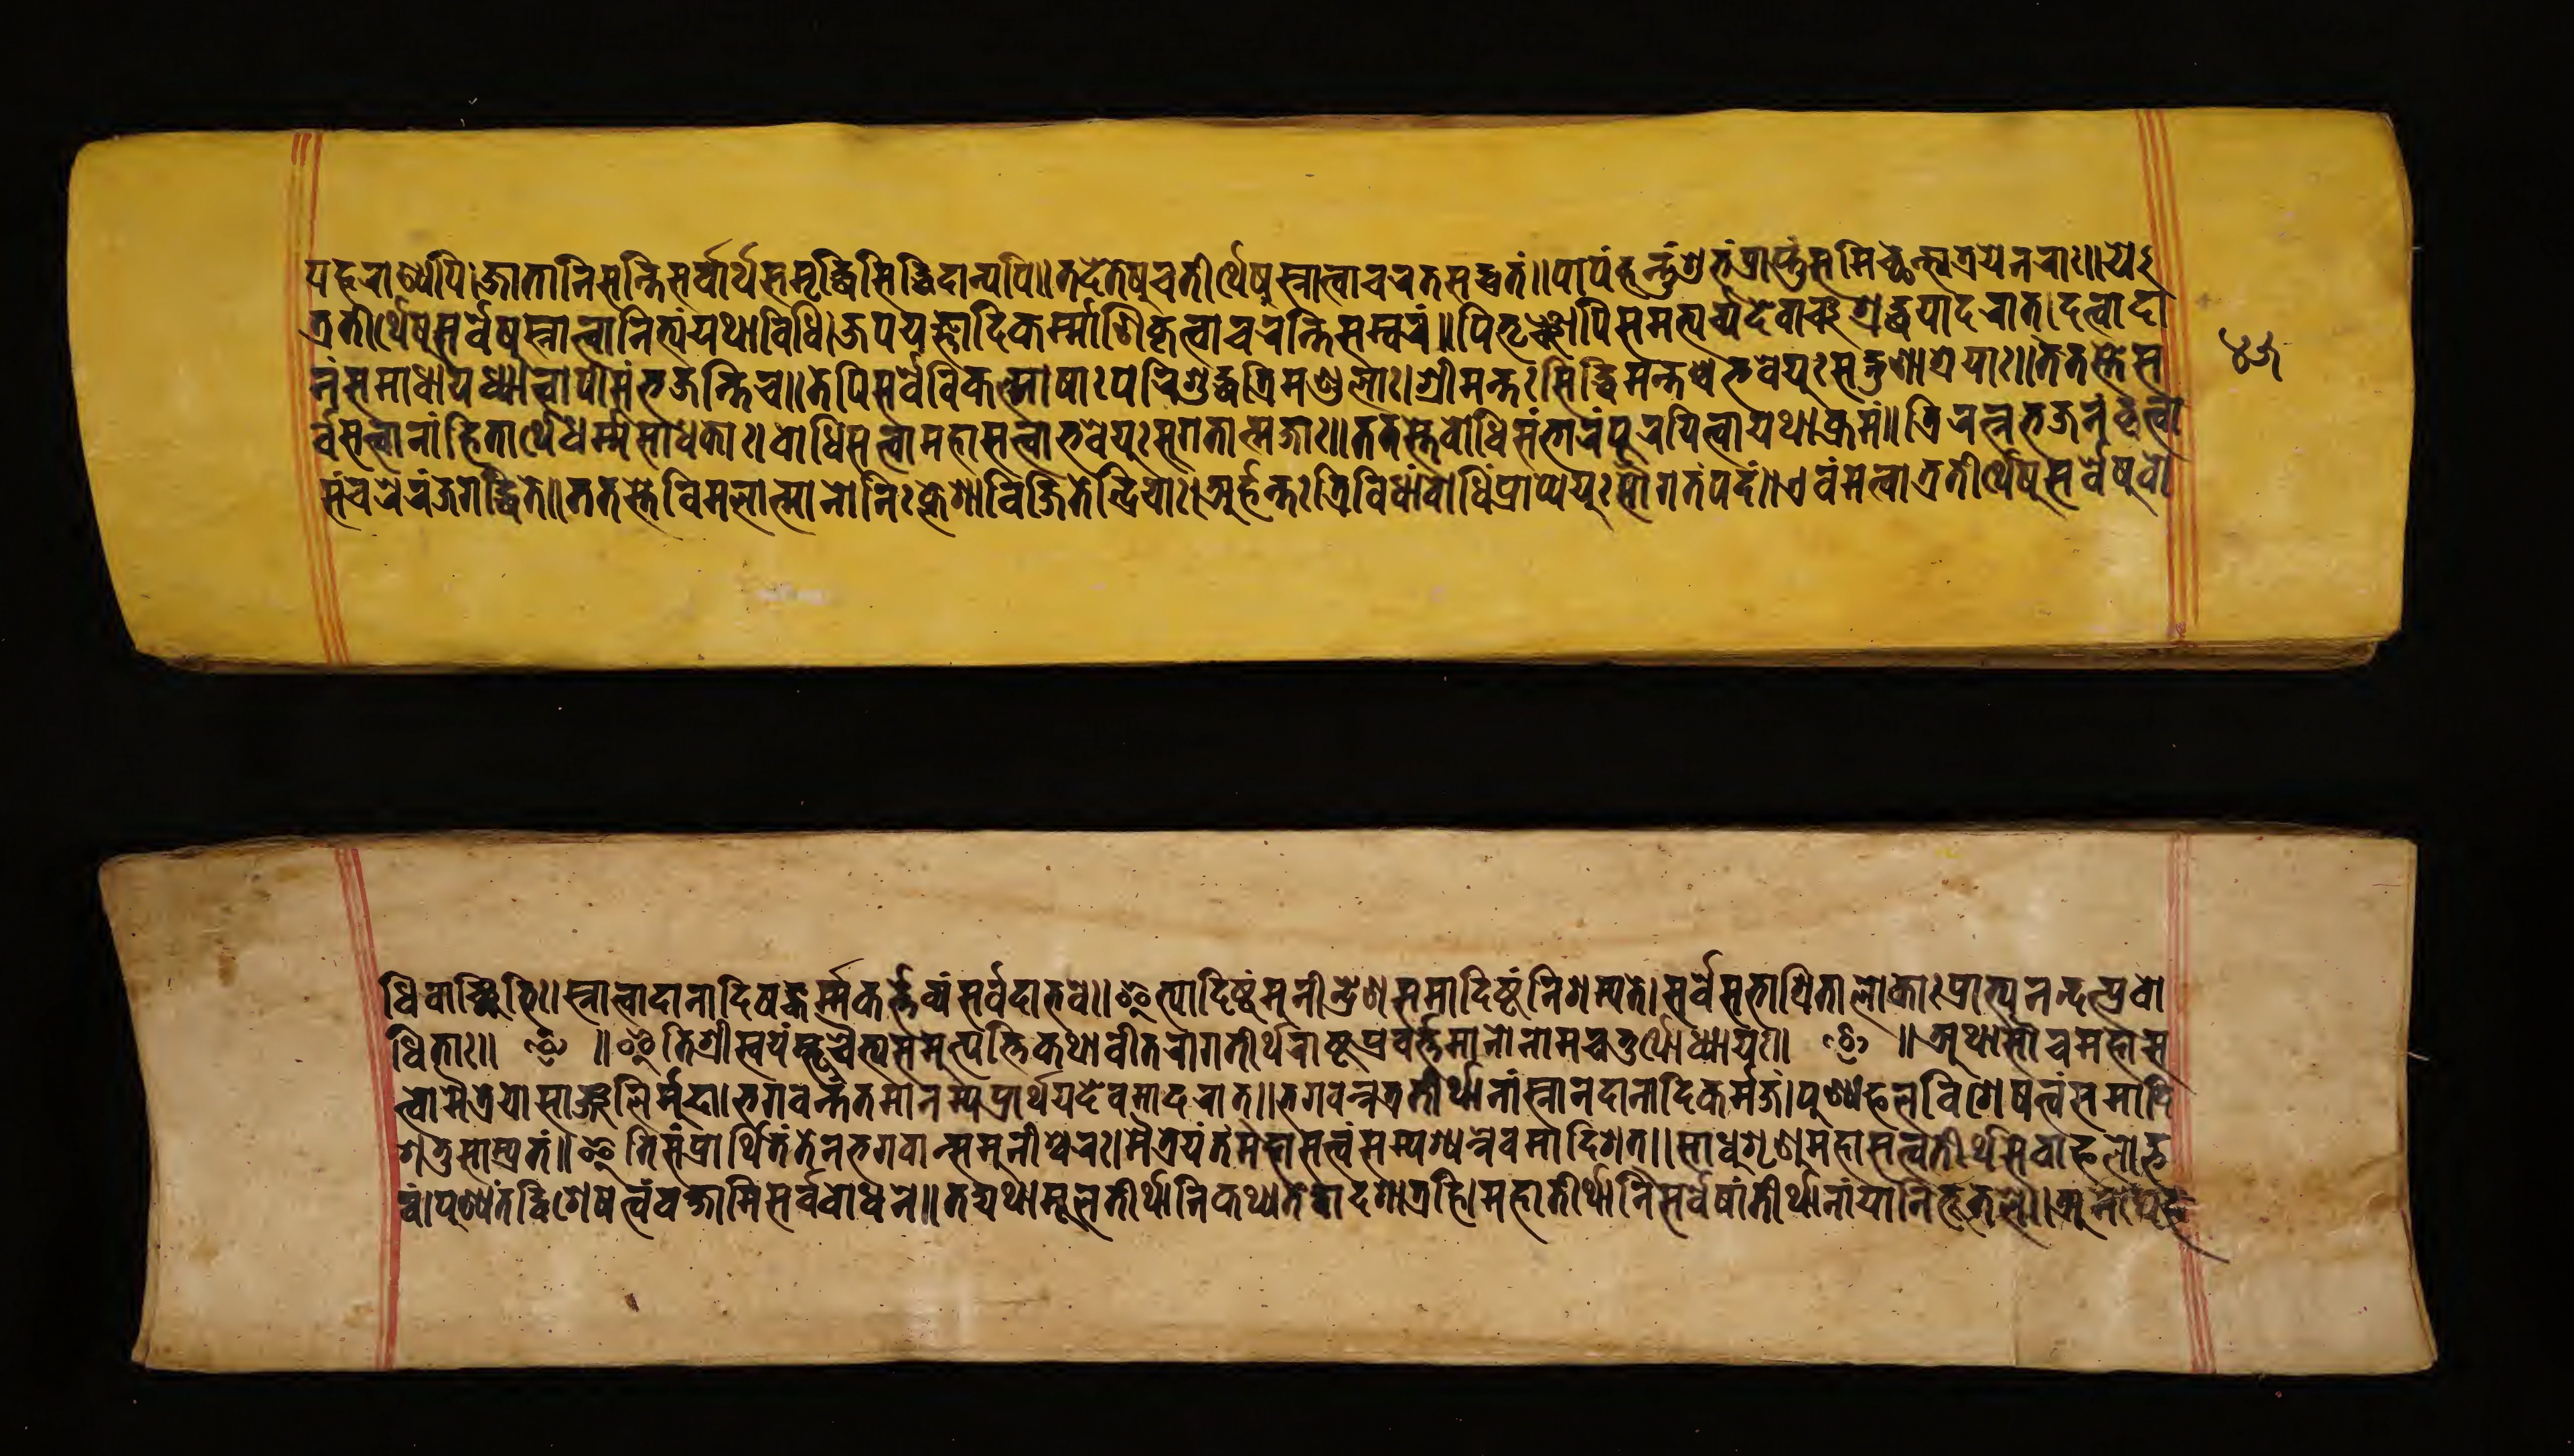
𑐥𑐴𑐬𑐵𑐞𑑂𑐫𑐥𑐶।𑐖𑐵𑐟𑐵𑐣𑐶𑐳𑐣𑑂𑐟𑐶𑐳𑐬𑑂𑐰𑐵𑐬𑑂𑐠𑐳𑐩𑐺𑐡𑑂𑐢𑐶𑐳𑐶𑐡𑑂𑐢𑐶𑐡𑐵𑐞𑑂𑐫𑐥𑐶॥𑐟𑐡𑐾𑐟𑐾𑐲𑐸𑐔𑐟𑐷𑐬𑑂𑐠𑐾𑐲𑐸𑐳𑑂𑐣𑐵𑐟𑑂𑐰𑐵𑐔𑐬𑐟𑐳𑐡𑑂𑐰𑑂𑐬𑐟𑑄॥𑐥𑐵𑐥𑑄𑐴𑐣𑑂𑐟𑐸𑑄𑐱𑐸𑐨𑑄𑐥𑑂𑐬𑐵𑐥𑑂𑐟𑐸𑑄𑐳𑐩𑐷𑐕𑐣𑑂𑐟𑑂𑐫𑐟𑑂𑐬𑐫𑐾𑐣𑐬𑐵𑑅॥𑐫𑐾 𑐟𑑂𑐬𑐟𑐷𑐬𑑂𑐠𑐾𑐲𑐸𑐳𑑂𑐣𑐵𑐟𑑂𑐰𑐵𑐣𑐶𑐟𑑂𑐫𑑄𑐫𑐠𑐵𑐰𑐶𑐢𑐶।𑐖𑐥𑐫𑐖𑑂𑐘𑐵𑐡𑐶𑐎𑐬𑑂𑐩𑑂𑐩𑐵𑐞𑐶𑐎𑐺𑐟𑑂𑐰𑐵𑐔𑐬𑐣𑑂𑐟𑐶𑐳𑐩𑑂𑐰𑐬𑑄॥𑐥𑐶𑐟𑐺𑐘𑑂𑐔𑐵𑐥𑐶𑐳𑐩𑐨𑑂𑐫𑐬𑑂𑐔𑑂𑐫𑐡𑐾𑐰𑐵𑐘𑑂𑐔𑐱𑑂𑐬𑐡𑑂𑐢𑐫𑐵𑐡𑐬𑐵𑐟𑑂।𑐡𑐟𑑂𑐰𑐵𑐡𑐵 𑐣𑑄𑐳𑐩𑐵𑐢𑐵𑐫𑐢𑑂𑐫𑐵𑐟𑑂𑐰𑐵𑐥𑐷𑐱𑑄𑐨𑐖𑐣𑑂𑐟𑐶𑐔॥𑐟𑐾𑐥𑐶𑐳𑐬𑑂𑐰𑐾𑐰𑐶𑐎𑐮𑑂𑐩𑐵𑐲𑐵𑑅𑐥𑐬𑐶𑐱𑐸𑐡𑑂𑐢𑐟𑑂𑐬𑐶𑐩𑐞𑑂𑐜𑐮𑐵𑑅।𑐱𑑂𑐬𑐷𑐩𑐣𑑂𑐟𑑅𑐳𑐶𑐡𑑂𑐢𑐶𑐩𑐣𑑂𑐟𑐱𑑂𑐔𑐨𑐰𑐾𑐫𑐸𑑅𑐳𑐡𑑂𑐐𑐸𑐞𑐵𑐱𑑂𑐬𑐫𑐵𑑅॥𑐟𑐟𑐳𑑂𑐟𑐾𑐳 𑐬𑑂𑐰𑐳𑐟𑑂𑐟𑑂𑐰𑐵𑐣𑐵𑑄𑐴𑐶𑐟𑐵𑐬𑑂𑐠𑐾𑐢𑐬𑑂𑐩𑐳𑐵𑐢𑐎𑐵𑑅।𑐧𑑀𑐢𑐶𑐳𑐟𑑂𑐟𑑂𑐰𑐵𑐩𑐴𑐵𑐳𑐟𑑂𑐟𑑂𑐰𑐵𑑅𑐨𑐰𑐾𑐫𑐸𑑅𑐳𑐸𑐐𑐟𑐵𑐟𑑂𑐩𑐖𑐵𑑅॥𑐟𑐟𑐳𑑂𑐟𑐾𑐧𑑀𑐢𑐶𑐳𑐩𑑂𑐨𑐵𑐬𑑄𑐥𑐹𑐬𑐫𑐶𑐟𑑂𑐰𑐵𑐫𑐠𑐵𑐎𑑂𑐬𑐩𑑄॥𑐟𑑂𑐬𑐶𑐬𑐟𑑂𑐣𑐨𑐖𑐣𑑄𑐎𑐺𑐟𑑂𑐰𑐵 𑐳𑑄𑐔𑐬𑐾𑐬𑐘𑑂𑐖𑐐𑐡𑑂𑐢𑐶𑐟𑐾॥𑐟𑐟𑐳𑑂𑐟𑐾𑐰𑐶𑐩𑐮𑐵𑐟𑑂𑐩𑐵𑐣𑑀𑐣𑐶𑑅𑐎𑑂𑐮𑐾𑐱𑐵𑐰𑐶𑐖𑐶𑐟𑐾𑐣𑑂𑐡𑑂𑐬𑐶𑐫𑐵𑑅।𑐀𑐬𑑂𑐴𑐣𑑂𑐟𑐳𑑂𑐟𑑂𑐬𑐶𑐰𑐶𑐢𑐵𑑄𑐧𑑀𑐢𑐶𑑄𑐥𑑂𑐬𑐵𑐥𑑂𑐫𑐾𑐫𑐸𑑅𑐳𑑁𑐐𑐟𑑄𑐥𑐡𑑄॥𑐊𑐰𑑄𑐩𑐟𑑂𑐰𑐵𑐟𑑂𑐬𑐟𑐷𑐬𑑂𑐠𑐾𑐲𑐸𑐳𑐬𑑂𑐰𑐾𑐲𑐸𑐧𑑀 𑐢𑐶𑐰𑐵𑑄𑐕𑐶𑐨𑐶𑑅।𑐣𑐵𑐟𑑂𑐰𑐵𑐡𑐵𑐣𑐵𑐡𑐶𑐎𑐬𑑂𑐩𑐎𑐬𑑂𑐟𑑂𑐟𑐰𑑂𑐫𑐳𑐬𑑂𑐰𑐡𑐵𑐨𑐰𑐾॥𑐂𑐟𑑂𑐫𑐵𑐡𑐶𑐲𑑂𑐚𑑄𑐩𑐸𑐣𑐷𑐣𑑂𑐡𑑂𑐬𑐾𑐞𑐳𑐩𑐵𑐡𑐶𑐲𑑂𑐚𑑄𑐣𑐶𑐳𑐩𑑂𑐫𑐟𑐾।𑐳𑐬𑑂𑐰𑐳𑐨𑐵𑐱𑑂𑐬𑐶𑐟𑐵𑐮𑑀𑐎𑐵𑑅𑐥𑑂𑐬𑐵𑐨𑑂𑐫𑐣𑐣𑑂𑐡𑐣𑑂𑐥𑑂𑐬𑐰𑑀 𑐢𑐶𑐟𑐵𑑅॥ ॰ ॥𑐂𑐟𑐶𑐱𑑂𑐬𑐷𑐳𑑂𑐰𑐫𑑄𑐨𑐹𑐔𑐿𑐟𑑂𑐫𑐳𑐩𑐸𑐟𑑂𑐥𑐟𑑂𑐟𑐶𑐎𑐠𑐵𑐰𑐷𑐟𑐬𑐵𑐐𑐟𑐷𑐬𑑂𑐠𑐬𑐵𑐲𑑂𑐚𑑂𑐬𑐥𑑂𑐬𑐰𑐬𑑂𑐟𑑂𑐟𑐣𑑀𑐣𑐵𑐩𑐔𑐟𑐸𑐬𑑂𑐠𑑀𑐢𑑂𑐫𑐵𑐫॥ ॰ ॥𑐀𑐠𑐵𑐳𑑁𑐔𑐩𑐴𑐵𑐳 𑐟𑑂𑐟𑑂𑐰𑑀𑐩𑐿𑐟𑑂𑐬𑐾𑐫𑑀𑐳𑐵𑐘𑑂𑐖𑐮𑐶𑐬𑑂𑐩𑐸𑐡𑐵।𑐨𑐐𑐰𑐣𑑂𑐟𑑄𑐟𑐩𑐵𑐣𑐳𑑂𑐫𑐥𑑂𑐬𑐵𑐬𑑂𑐠𑐫𑐾𑐡𑐾𑐰𑐩𑐵𑐡𑐬𑐵𑐟𑑂।𑐨𑐐𑐰𑐣𑑂𑐟𑐟𑑂𑐬𑐟𑐷𑐬𑑂𑐠𑐵𑐣𑐵𑑄𑐳𑑂𑐣𑐵𑐟𑑂𑐰𑐵𑐡𑐵𑐣𑐵𑐡𑐶𑐎𑐬𑑂𑐩𑑂𑐩𑐖𑑄।𑐥𑐸𑐞𑑂𑐫𑐦𑐮𑐰𑐶𑐱𑐾𑐲𑐟𑑂𑐰𑑄𑐳𑐩𑐵𑐡𑐶 𑐱𑐟𑐸𑐳𑐵𑐩𑑂𑐥𑑂𑐬𑐟𑐩𑑂॥𑐂𑐟𑐶𑐳𑑄𑐥𑑂𑐬𑐵𑐬𑑂𑐠𑐶𑐟𑐾𑐟𑐾𑐣𑐨𑐐𑐰𑐵𑐣𑑂𑐳𑐩𑐸𑐣𑐷𑐱𑑂𑐰𑐬𑑅।𑐩𑐿𑐟𑑂𑐬𑐾𑐫𑑄𑐟𑑄𑐩𑐴𑐵𑐳𑐟𑑂𑐟𑑂𑐰𑑄𑐳𑐩𑑂𑐥𑐱𑑂𑐫𑐣𑑂𑐣𑐾𑐰𑐩𑐵𑐡𑐶𑐱𑐟𑑂॥𑐳𑐵𑐢𑐸𑐱𑐺𑐞𑐸𑐩𑐴𑐵𑐳𑐟𑑂𑐟𑑂𑐰𑐟𑐷𑐬𑑂𑐠𑐳𑐾𑐰𑐵𑐦𑐮𑑀𑐡𑑂𑐨 𑐰𑑄।𑐥𑐸𑐞𑑂𑐫𑑄𑐟𑐡𑑂𑐰𑐶𑐱𑐾𑐲𑐟𑑂𑐰𑑄𑐰𑐎𑑂𑐲𑐵𑐩𑐶𑐳𑐬𑑂𑐰𑐧𑑀𑐢𑐣𑐾॥𑐟𑐡𑑂𑐫𑐠𑐵𑐩𑐹𑐮𑐟𑐷𑐬𑑂𑐠𑐵𑐣𑐶𑐎𑐠𑑂𑐫𑐣𑑂𑐟𑐾𑐡𑑂𑐰𑐵𑐡𑐱𑐵𑐟𑑂𑐬𑐴𑐶।𑐩𑐴𑐵𑐥𑐸𑐞𑑂𑐫𑐵𑐣𑐶𑐳𑐬𑑂𑐰𑐾𑐲𑐵𑑄𑐟𑐷𑐬𑑂𑐠𑐵𑐣𑐵𑑄𑐫𑐵𑐣𑐶𑐨𑐹𑐟𑐮𑐾॥𑐀𑐩𑑀𑐑𑐦 𑑔𑑕